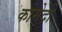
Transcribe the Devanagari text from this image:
कोमेदी